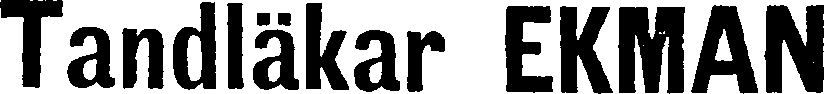
Tandläkar EKMAN